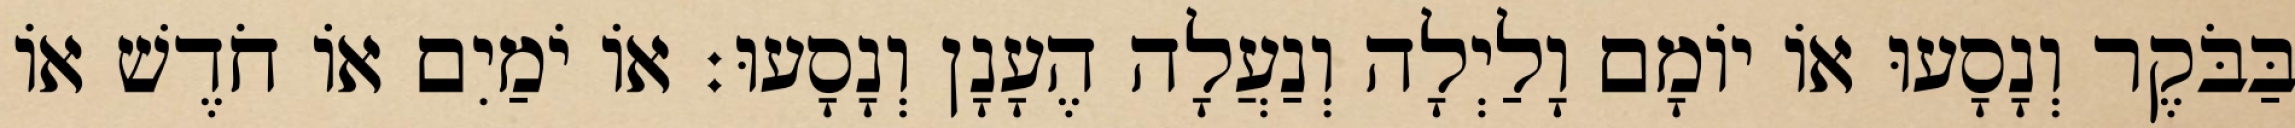
בַּבֹּקֶר וְנָסָעוּ אוֹ יוֹמָם וָלַיְלָה וְנַעֲלָה הֶעָנָן וְנָסָעוּ׃ אוֹ יֹמַיִם אוֹ חֹדֶשׁ אוֹ